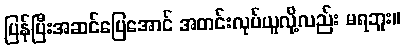
ပြန်ပြီးအဆင်ပြေအောင် အတင်းလုပ်ယူလို့လည်း မရဘူး။